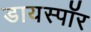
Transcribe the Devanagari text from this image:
डायस्पॉर